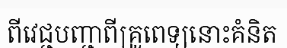
ពីវេជ្ជបញ្ជាពីគ្រូពេទ្យនោះគំនិត